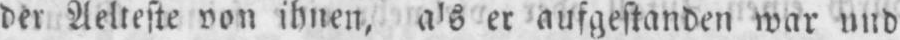
er aufgestanden war und